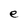
Character: e